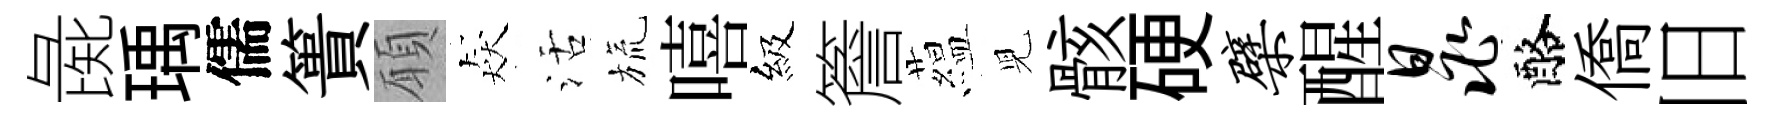
彘瑀儒簣願猋活旒嘻級簷藴児骸硬檗醒晁酪僑旧